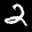
Label: 2